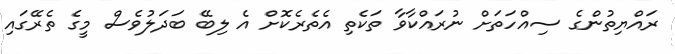
ރައްޔިތުންގެ ސިއްހަތަށް ނުރައްކާވާ ތަކެތި އެތެރެކޮށް އެ ލިބޭ ބަދަލުވެސް މީގެ ތެރޭގައި